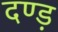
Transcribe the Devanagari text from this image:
दण्ड़